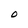
Character: O